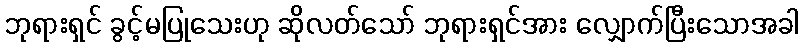
ဘုရားရှင် ခွင့်မပြုသေးဟု ဆိုလတ်သော် ဘုရားရှင်အား လျှောက်ပြီးသောအခါ